system: You are a helpful assistant.
user:
Analyze the provided spectrum to determine if it is a **S-type Star**.

- **Key Indicators for S-type Star:**

    - **(Overall Spectrum Shape):** The first and most obvious characteristic is the overall continuum (the "baseline" shape). It is **extremely "red-sloping,"** meaning the flux (light intensity) is very low on the left side (blue, ~4000-4500 Å) and rises steeply and continuously toward the right side (red, ~7000 Å+).

    - **(Primary):** The spectrum is defined by the presence of strong, broad molecular absorption "valleys" (bands) from **Zirconium Oxide (ZrO)**. The identification of these bands is the **primary requirement** for classifying a star as S-type.
        - **(Key Bandheads):** You must find distinct, deep "dips" where the light has been absorbed. The most critical band systems to locate are:
            - **~6474 Å** ($\gamma$-system): This is often the strongest and clearest ZrO feature, found in the red part of the spectrum.
            - **~5718 Å** & **~5551 Å** ($\beta$-system): A pair of prominent absorption features in the yellow-orange part of the spectrum.
            - **~4640 Å** ($\alpha$-system): A key absorption band system in the blue-green region of the spectrum.

    - **(Secondary Confirmation):** The classification is strengthened by finding additional absorption bands from other related heavy element oxides, which are expected to be present alongside ZrO.
        - **(Key Bandheads):**
            - **Yttrium Oxide (YO):** Look for absorption dips near **~4800 Å** and **~6100 Å**.
            - **Lanthanum Oxide (LaO):** Additional absorption features, particularly in the red-orange part of the spectrum, are also characteristic.

    - **(Line Profile):** The combination of the steep red continuum and these numerous, deep molecular bands (ZrO, YO, etc.) gives the entire spectrum a very **"chopped-up"** or **"bumpy"** appearance. Instead of a smooth curve, the spectrum looks as though large, wide chunks of light have been "carved out" of it at the specific wavelengths listed above.

Think first, call **spectral_visualization_tool** if needed to examine features in detail, then provide your final answer. Your response must adhere to the following strict rules:
1.  **Overall Structure:** Your response must follow the format `<think>...</think> <tool_call>...</tool_call> (if a tool is used) <answer>...</answer>`.
2.  **Tool Usage Constraint:** You may only make **one** tool call per turn.
3.  **Final Answer Format:** In the `<answer>` tag, your conclusion must be inside a `\boxed{}` command (e.g., `\boxed{YES}` or `\boxed{NO}`), followed by your justification.

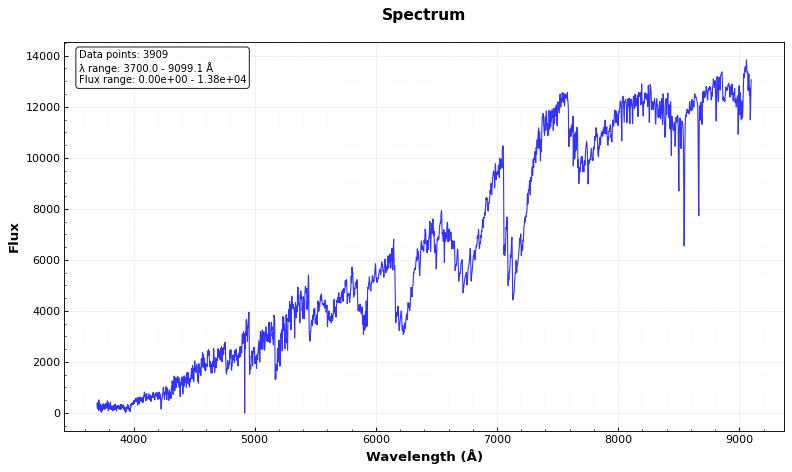
Answer: YES